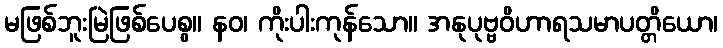
မဖြစ်ဘူးမြဲဖြစ်ပေစွ။ နဝ၊ ကိုးပါးကုန်သော။ အနုပုဗ္ဗဝိဟာရသမာပတ္တိယော၊